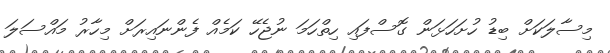
މިސާލަކަށް ބިޑު ހުށަހަޅަން ގޮސްފައި ހިތްހަމަ ނުޖެހޭ ކަމެއް ފެންނައިރަށް މިހާރު މައްސަލަ